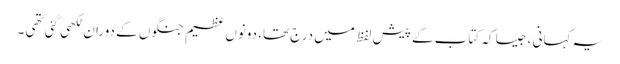
یہ کہانی ، جیسا کہ کتاب کے پیش لفظ میں درج تھا، دونوں عظیم جنگوں کے دوران لکھی گئی تھی ۔